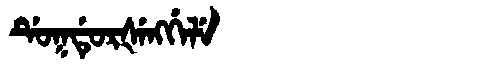
Manchu: ᡩᡠᡴᡩᡠᡵᡧᡝᠩᡤᡝᠯᡝ
Romanization: DUKDURŠENGGELE